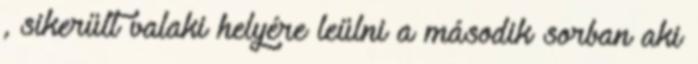
, sikerült valaki helyére leülni a második sorban aki